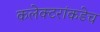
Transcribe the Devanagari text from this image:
कलेक्टरांकडेच